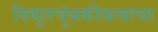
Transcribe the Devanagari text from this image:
विद्युतचुंबकीयत्वाचा